Scottish Certificate of Education, 1963
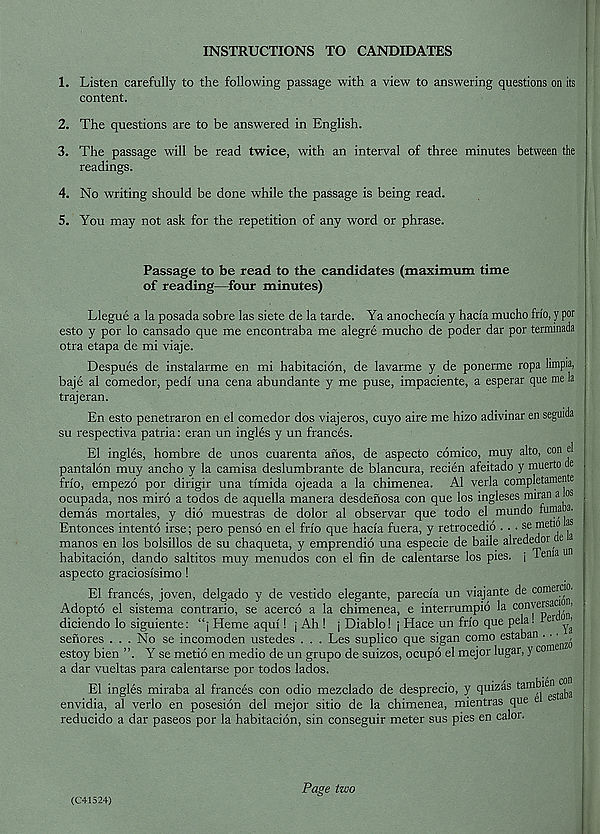
INSTRUCTIONS TO CANDIDATES
1. Listen carefully to the following passage with a view to answering questions on its
content.
2. The questions are to be answered in English.
3. The passage will be read twice, with an interval of three minutes between the
readings.
4. No writing should be done while the passage is being read.
5. You may not ask for the repetition of any word or phrase.
Passage to be read to the candidates (maximum time
of reading—four minutes)
Llegue a la posada sobre las siete de la tarde. Ya anochecia y hacia mucho frio, y pot
esto y por lo cansado que me encontraba me alegre mucho de poder dar por terminada
otra etapa de mi viaje.
Despues de instalarme en mi habitacion, de lavarme y de ponerme ropa limpia,
baje al comedor, pedi una cena abundante y me puse, impaciente, a esperar que me la
trajeran.
En esto penetraron en el comedor dos viajeros, cuyo aire me hizo adivinar en seguida
su respectiva patria: eran un ingles y un frances.
El ingles, hombre de unos cuarenta anos, de aspecto comico, muy alto, con el
pantalon muy ancho y la camisa deslumbrante de blancura, recien afeitado y muerto ae
frio, empezo por dirigir una timida ojeada a la chimenea. Al verla completamente
ocupada, nos miro a todos de aquella manera desdenosa con que los ingleses miran a os
demas mortales, y did muestras de dolor al observar que todo el mundo funaa a.
Entonces intento irse; pero penso en el frio que hada fuera, y retrocedio . . . se metio ^
manos en los bolsillos de su chaqueta, y emprendio una especie de baile alrededor ae
habitacion, dando saltitos muy menudos con el fin de calentarse los pies, j 1 enia u
aspecto graciosisimo 1
El frances, joven, delgado y de vestido elegante, parecia un viajante de comerc •
Adopto el sistema contrario, se acerco a la chimenea, e interrumpio la conyersaci i
diciendo lo siguiente: “j Heme aqui 1 j Ah ! j Diablo! j Hace un frio que pela. rei ^
senores . . . No se incomoden ustedes . . . Les suplico que sigan como estaban . • •
estoy bien ”. Y se metio en medio de un grupo de suizos, ocupo el mejor lugar, y con
a dar vueltas para calentarse por todos lados.
El ingles miraba al frances con odio mezclado de desprecio, y quizas
envidia, al verlo en posesion del mejor sitio de la chimenea, mientras que e
reducido a dar paseos por la habitacion, sin conseguir meter sus pies en calor.
(C41524)
Page two